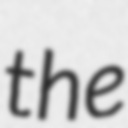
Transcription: the